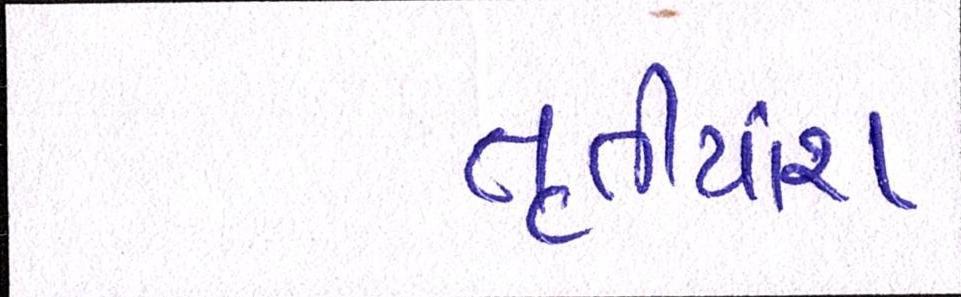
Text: તૃતીયાંશ